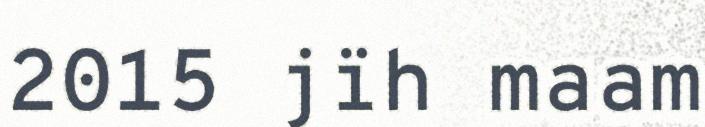
2015 jïh maam